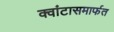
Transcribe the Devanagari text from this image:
क्वांटासमार्फत